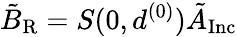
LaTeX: \tilde{B}_{\mathrm{R}}=S(0,d^{(0)})\tilde{A}_{\mathrm{Inc}}